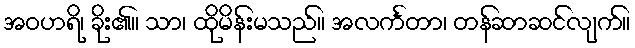
အဝဟရိ၊ ခိုး၏။ သာ၊ ထိုမိန်းမသည်။ အလင်္ကတာ၊ တန်ဆာဆင်လျက်။